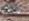
من